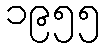
၁၉၅၅